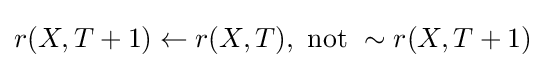
r(X,T+1)\leftarrow r(X,T),\ {\hbox{not }}\sim r(X,T+1)